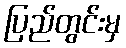
ပြည်တွင်းမှ